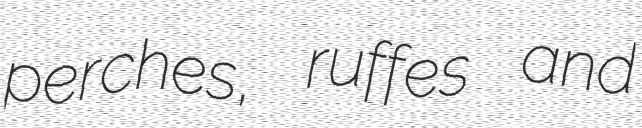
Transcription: perches, ruffes and